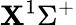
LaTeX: \mathbf{X}^{1}\Sigma^{+}